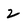
Character: 2